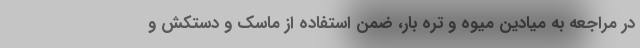
در مراجعه به میادین میوه و تره بار، ضمن استفاده از ماسک و دستکش و